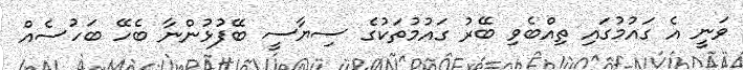
ވަނީ އެ ގައުމުގައި ތިއްބެވި ބޭރު ގައުމުތަކުގެ ސިޔާސީ ބޭފުޅުންނާ ބެހޭ ބަހުސެއް